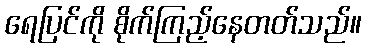
ရေပြင်ကို စိုက်ကြည့်နေတတ်သည်။